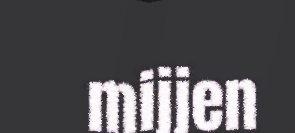
mijjen